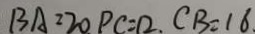
B A = 2 0 . P C = 1 2 . C B = 1 6 .